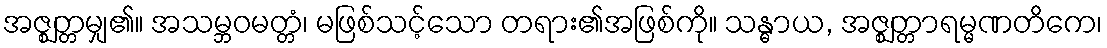
အဇ္ဈတ္တမျှ၏။ အသမ္ဘဝမတ္တံ၊ မဖြစ်သင့်သော တရား၏အဖြစ်ကို။ သန္ဓာယ, အဇ္ဈတ္တာရမ္မဏတိကေ၊